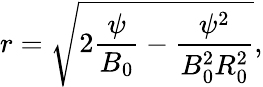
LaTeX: r=\sqrt{2\frac{\psi}{B_{0}}-\frac{\psi^{2}}{B_{0}^{2}R_{0}^{2}}},